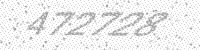
Solution: 472728